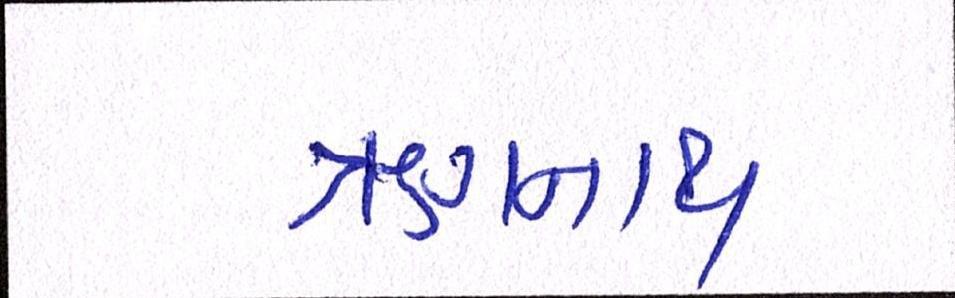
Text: ઋગનાથ